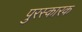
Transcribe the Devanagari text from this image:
पुरस्कारक